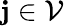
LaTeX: \mathbf{j}\in\mathcal{V}